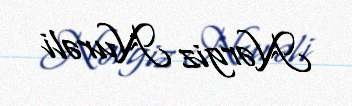
Nərgiz Nurəli